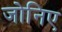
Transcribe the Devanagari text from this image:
जोनिए